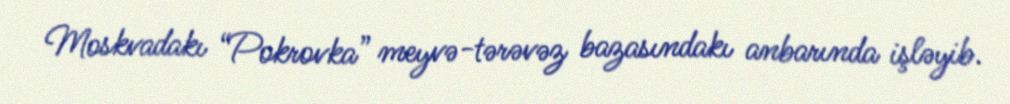
Moskvadakı “Pokrovka” meyvə-tərəvəz bazasındakı anbarında işləyib.